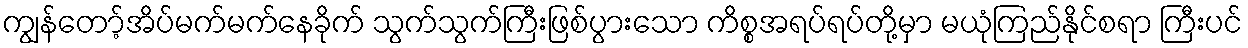
ကျွန်တော့်အိပ်မက်မက်နေခိုက် သွက်သွက်ကြီးဖြစ်ပွားသော ကိစ္စအရပ်ရပ်တို့မှာ မယုံကြည်နိုင်စရာ ကြီးပင်